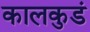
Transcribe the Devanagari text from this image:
कालकुडं